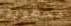
محظورة